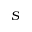
S